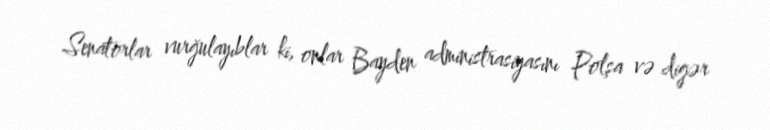
Senatorlar vurğulayıblar ki, onlar Bayden administrasiyasını Polşa və digər